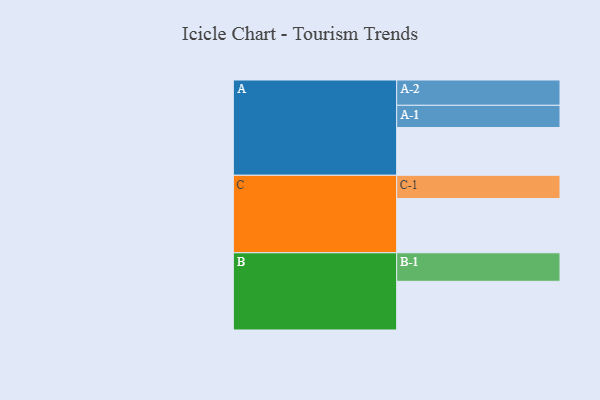
{"axis": {"x": "Segment", "y": "Value"}, "legend": ["", "A", "B", "C"], "data": [{"x": "A", "y": 476, "type": ""}, {"x": "B", "y": 485, "type": ""}, {"x": "C", "y": 541, "type": ""}, {"x": "A-1", "y": 221, "type": "A"}, {"x": "A-2", "y": 252, "type": "A"}, {"x": "B-1", "y": 284, "type": "B"}, {"x": "C-1", "y": 231, "type": "C"}]}